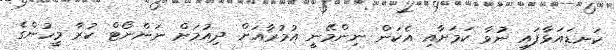
ކަނޑައަޅާފައި ނުވާ ކަމަށާއި އެކަން ނިންމޭނީ އުމުރާއަށް ދިއުމަށް ނަންނޯޓް ކުރާ މީހުންގެ